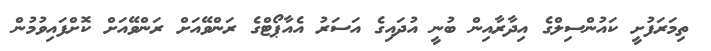
ތިމަރަފުށީ ކައުންސިލްގެ އިދާރާއިން ބުނީ އުދައިގެ އަސަރު އެއާޕޯޓްގެ ރަންވޭއަށް ރަންވޭއަށް ކޮށްފައިވުމުން